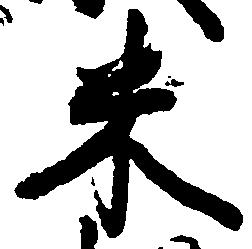
米